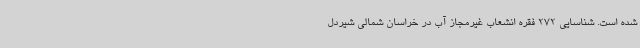
شده است. شناسایی 272 فقره انشعاب غیرمجاز آب در خراسان شمالی شیردل